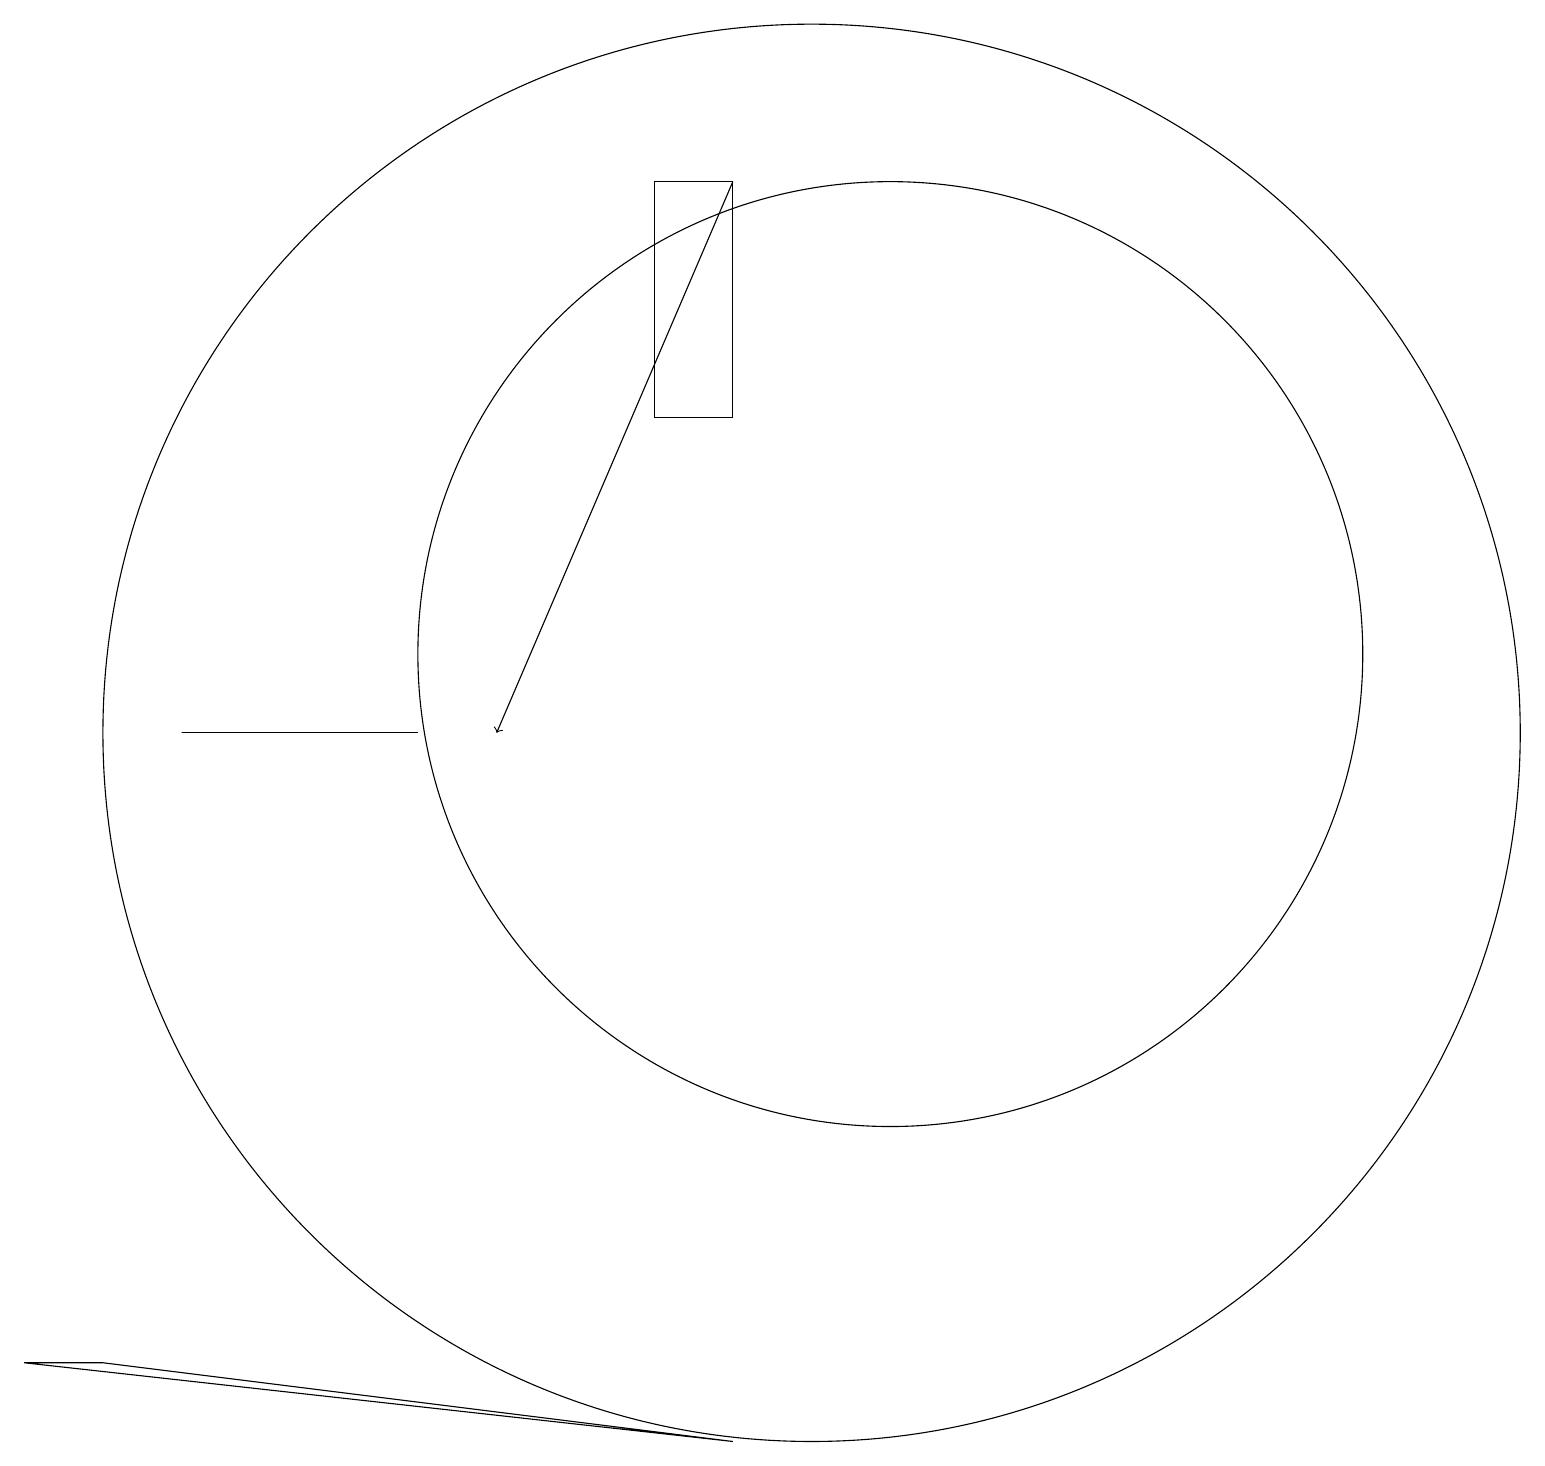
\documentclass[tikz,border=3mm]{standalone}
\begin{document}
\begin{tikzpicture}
\draw[->] (9,17) -- (6,10);
\draw (2,10) rectangle (5,10);
\draw (10,10) circle (9);
\draw (8,14) rectangle (9,17);
\draw (11,11) circle (6);
\draw (1,2) -- (0,2) -- (9,1) -- cycle;
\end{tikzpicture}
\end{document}